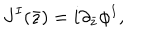
LaTeX: J ^ { I } ( \bar { z } ) = i \partial _ { \bar { z } } \phi ^ { I } ,